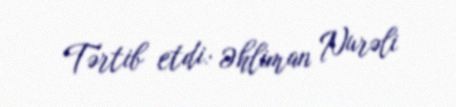
Tərtib etdi: Əhliman Nurəli